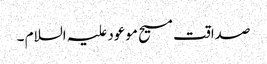
صداقت مسیح موعود علیہ السلام ۔